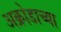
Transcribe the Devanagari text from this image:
अक्रोडाच्या